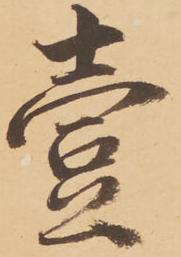
壱